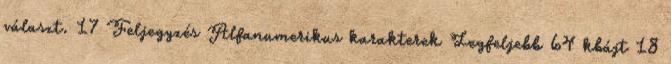
választ. 17 Feljegyzés Alfanumerikus karakterek Legfeljebb 64 kbájt 18